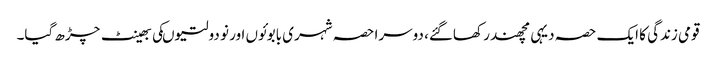
قومی زندگی کا ایک حصہ دیہی مچھندر کھاگئے، دوسرا حصہ شہری بابوئوں اور نو دولتیوںکی بھینٹ چڑھ گیا۔